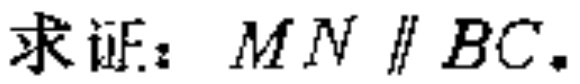
求证：$MN\parallel BC$.